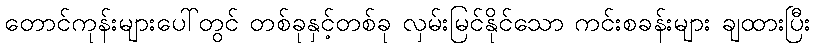
တောင်ကုန်းများပေါ်တွင် တစ်ခုနှင့်တစ်ခု လှမ်းမြင်နိုင်သော ကင်းစခန်းများ ချထားပြီး